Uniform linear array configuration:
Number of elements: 8
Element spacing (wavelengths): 1
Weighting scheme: hann
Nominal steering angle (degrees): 15
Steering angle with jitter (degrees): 13.555
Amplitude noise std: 0.05
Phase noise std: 0.05

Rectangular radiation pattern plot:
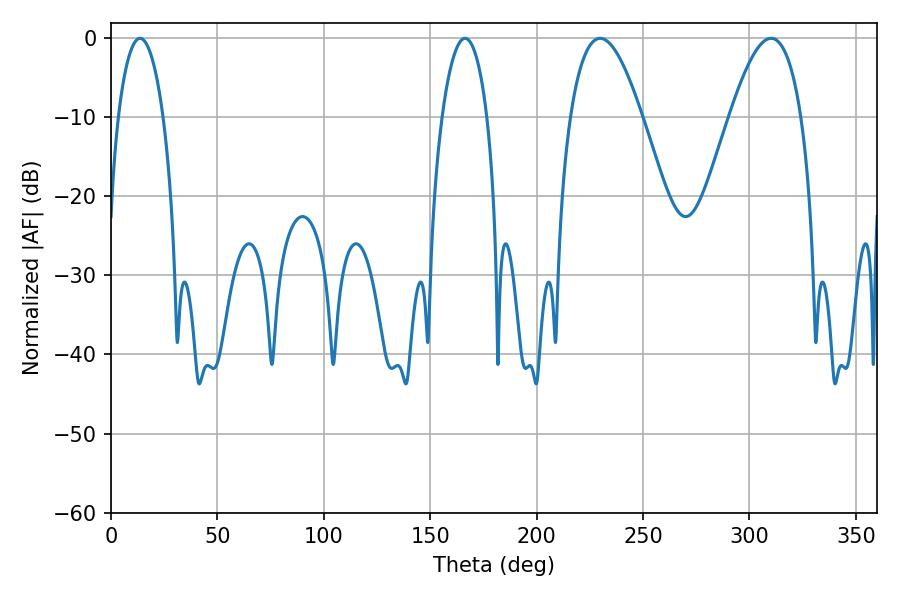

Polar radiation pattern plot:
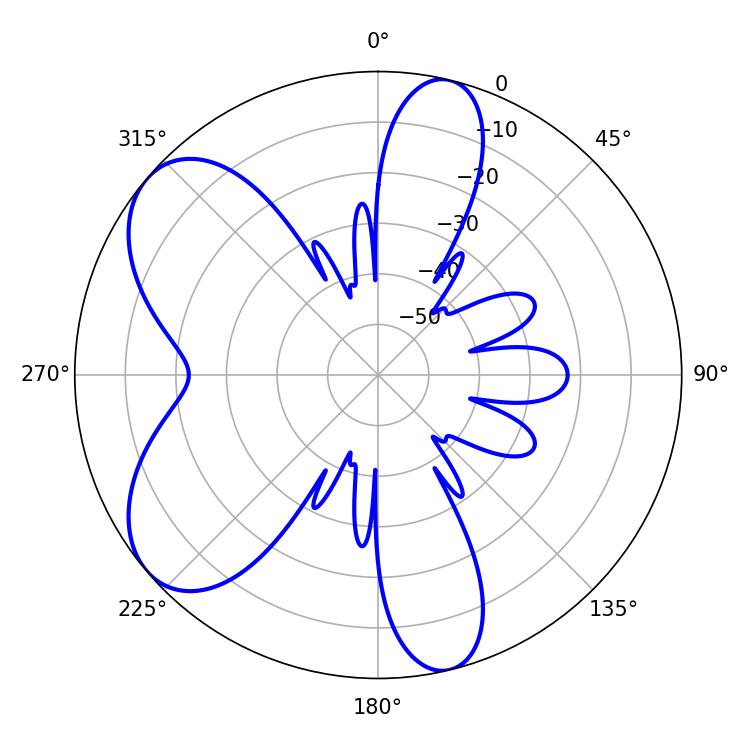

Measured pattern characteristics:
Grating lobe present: TRUE
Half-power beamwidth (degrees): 18.36
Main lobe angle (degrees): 229.86